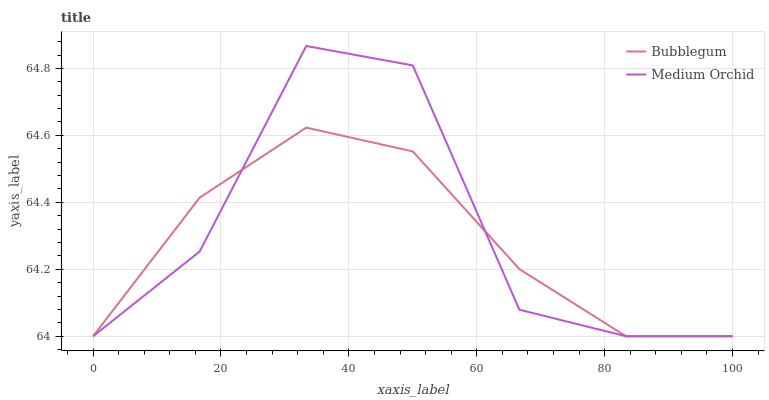
| xaxis_label | Bubblegum | Medium Orchid |
 | --- | --- | --- |
 | 0 | 64 | 64 |
 | 16.7 | 64.4 | 64.3 |
 | 33.3 | 64.6 | 64.9 |
 | 50 | 64.6 | 64.8 |
 | 66.7 | 64.2 | 64.1 |
 | 83.3 | 64 | 64 |
 | 100 | 64 | 64 |